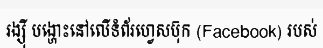
រង្ស៊ី បង្ហោះនៅលើទំព័រហ្វេសប៊ុក (Facebook) របស់